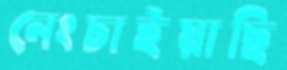
নেংচাইয়াছি